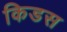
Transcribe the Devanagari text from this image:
किडस